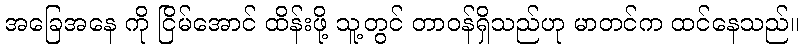
အခြေအနေ ကို ငြိမ်အောင် ထိန်းဖို့ သူ့တွင် တာဝန်ရှိသည်ဟု မာတင်က ထင်နေသည်။